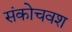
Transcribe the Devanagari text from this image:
संकोचवश